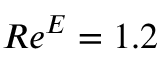
R e ^ { E } = 1 . 2